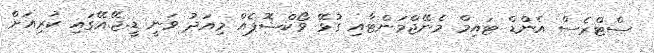
ސްޓްރެސް އެންޑް ޓައިމް މެނޭޖްމަންޓާއި ގުޅޭ ވޯކްޝޮޕެއް މިއަދު ވަނީ ޑީ.ޖޭ.އޭގައި ކުރިއަށް